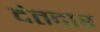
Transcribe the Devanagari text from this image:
दंतदार